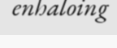
enhaloing